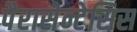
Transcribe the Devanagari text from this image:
पैरासेन्टेसिस